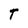
Character: T